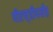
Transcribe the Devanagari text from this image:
पीएच्‌डीपर्यंत